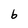
Character: b